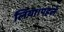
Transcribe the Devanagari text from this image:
लिया।पहले